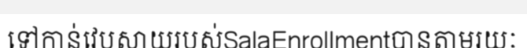
ទៅកាន់វេបសាយរបស់SalaEnrollmentបានតាមរយៈ